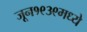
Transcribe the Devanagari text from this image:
जून१९३९मध्ये